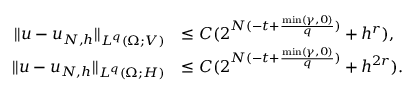
\begin{array} { r l } { \| u - u _ { N , h } \| _ { L ^ { q } ( \Omega ; V ) } } & { \le C ( 2 ^ { N ( - t + \frac { \operatorname* { m i n } ( \gamma , 0 ) } { q } ) } + h ^ { r } ) , } \\ { \| u - u _ { N , h } \| _ { L ^ { q } ( \Omega ; H ) } } & { \le C ( 2 ^ { N ( - t + \frac { \operatorname* { m i n } ( \gamma , 0 ) } { q } ) } + h ^ { 2 r } ) . } \end{array}